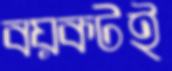
বয়কটই